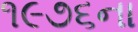
૧૯૭૬ના